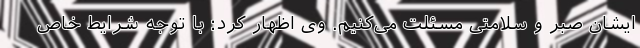
ایشان صبر و سلامتی مسئلت می‌کنیم. وی اظهار کرد: با توجه شرایط خاص